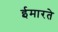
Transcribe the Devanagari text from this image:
ईमारते